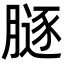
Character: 𦟥